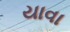
યાવા